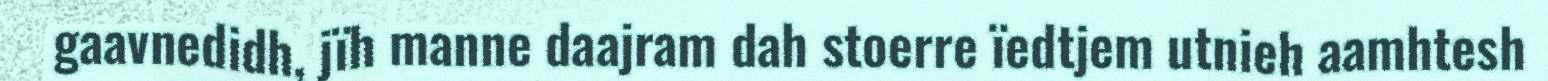
gaavnedidh, jïh manne daajram dah stoerre ïedtjem utnieh aamhtesh